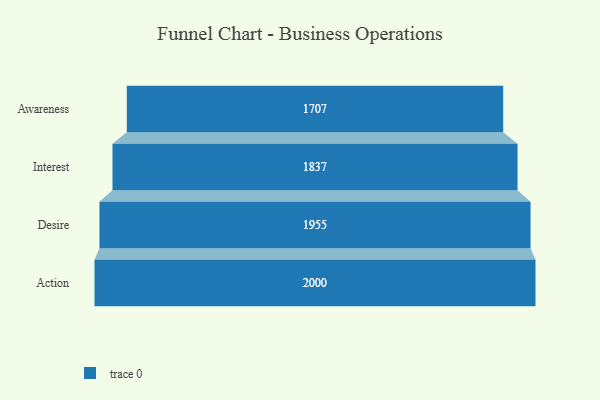
{"axis": {"x": "Stage", "y": "Value"}, "legend": [""], "data": [{"x": "Awareness", "y": 1707.0, "type": ""}, {"x": "Interest", "y": 1837.0, "type": ""}, {"x": "Desire", "y": 1955.0, "type": ""}, {"x": "Action", "y": 2000, "type": ""}]}